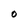
Character: O